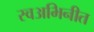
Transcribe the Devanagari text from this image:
स्वअभिनीत